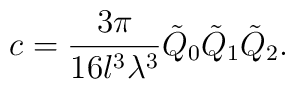
c = \frac{3\pi}{16l^3\lambda^3}\tilde{Q}_0\tilde{Q}_1\tilde{Q}_2.